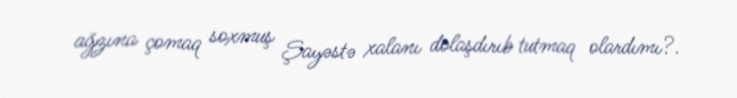
ağzına çomaq soxmuş Şayəstə xalanı dolaşdırıb tutmaq olardımı?.